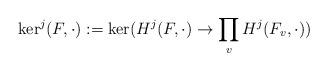
LaTeX: \begin{align*} \mathrm{ker}^j(F, \cdot):=\mathrm{ker}(H^j(F,\cdot) \to \prod_vH^j(F_v,\cdot))\end{align*}